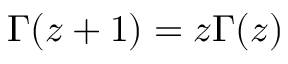
\Gamma ( z + 1 ) = z \Gamma ( z )